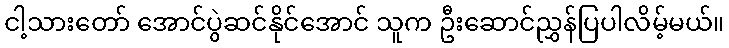
ငါ့သားတော် အောင်ပွဲဆင်နိုင်အောင် သူက ဦးဆောင်ညွှန်ပြပါလိမ့်မယ်။